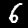
Digit: 6